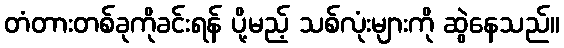
တံတားတစ်ခုကိုခင်းရန် ပို့မည့် သစ်လုံးများကို ဆွဲနေသည်။